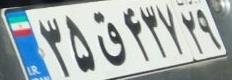
۳۵ق۴۳۷۲۹